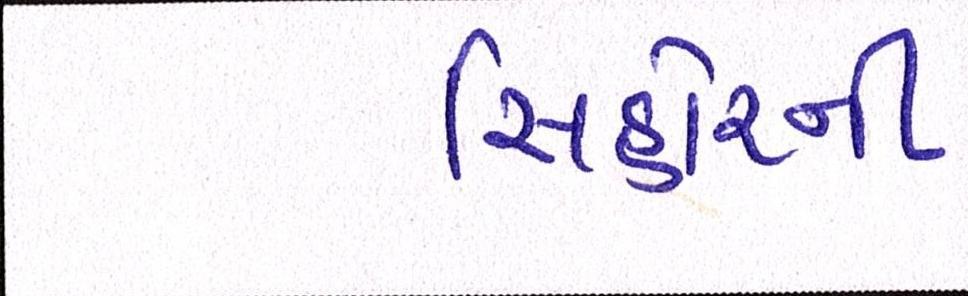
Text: સિહોરની